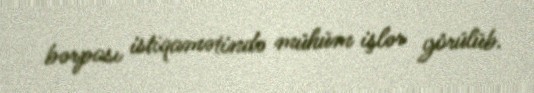
bərpası istiqamətində mühüm işlər görülüb.